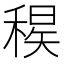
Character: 𥠝